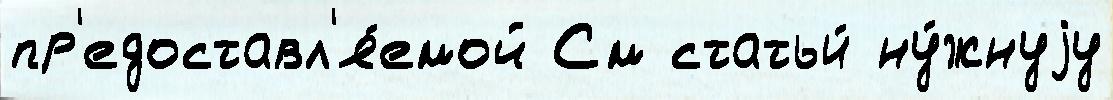
пр'едоставл'я́емой См статьи́ ну́жнуjу